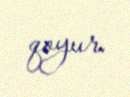
qoyur.